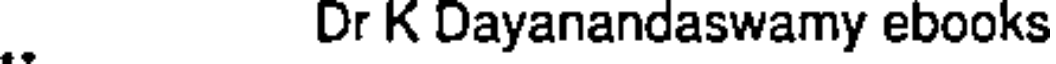
. Dr K Dayanandaswamy ebooks